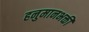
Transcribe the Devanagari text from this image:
हनुमानभक्ती